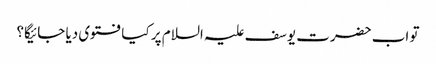
تو اب حضرت یوسف علیہ السلام پر کیا فتوی دیا جائیگا؟